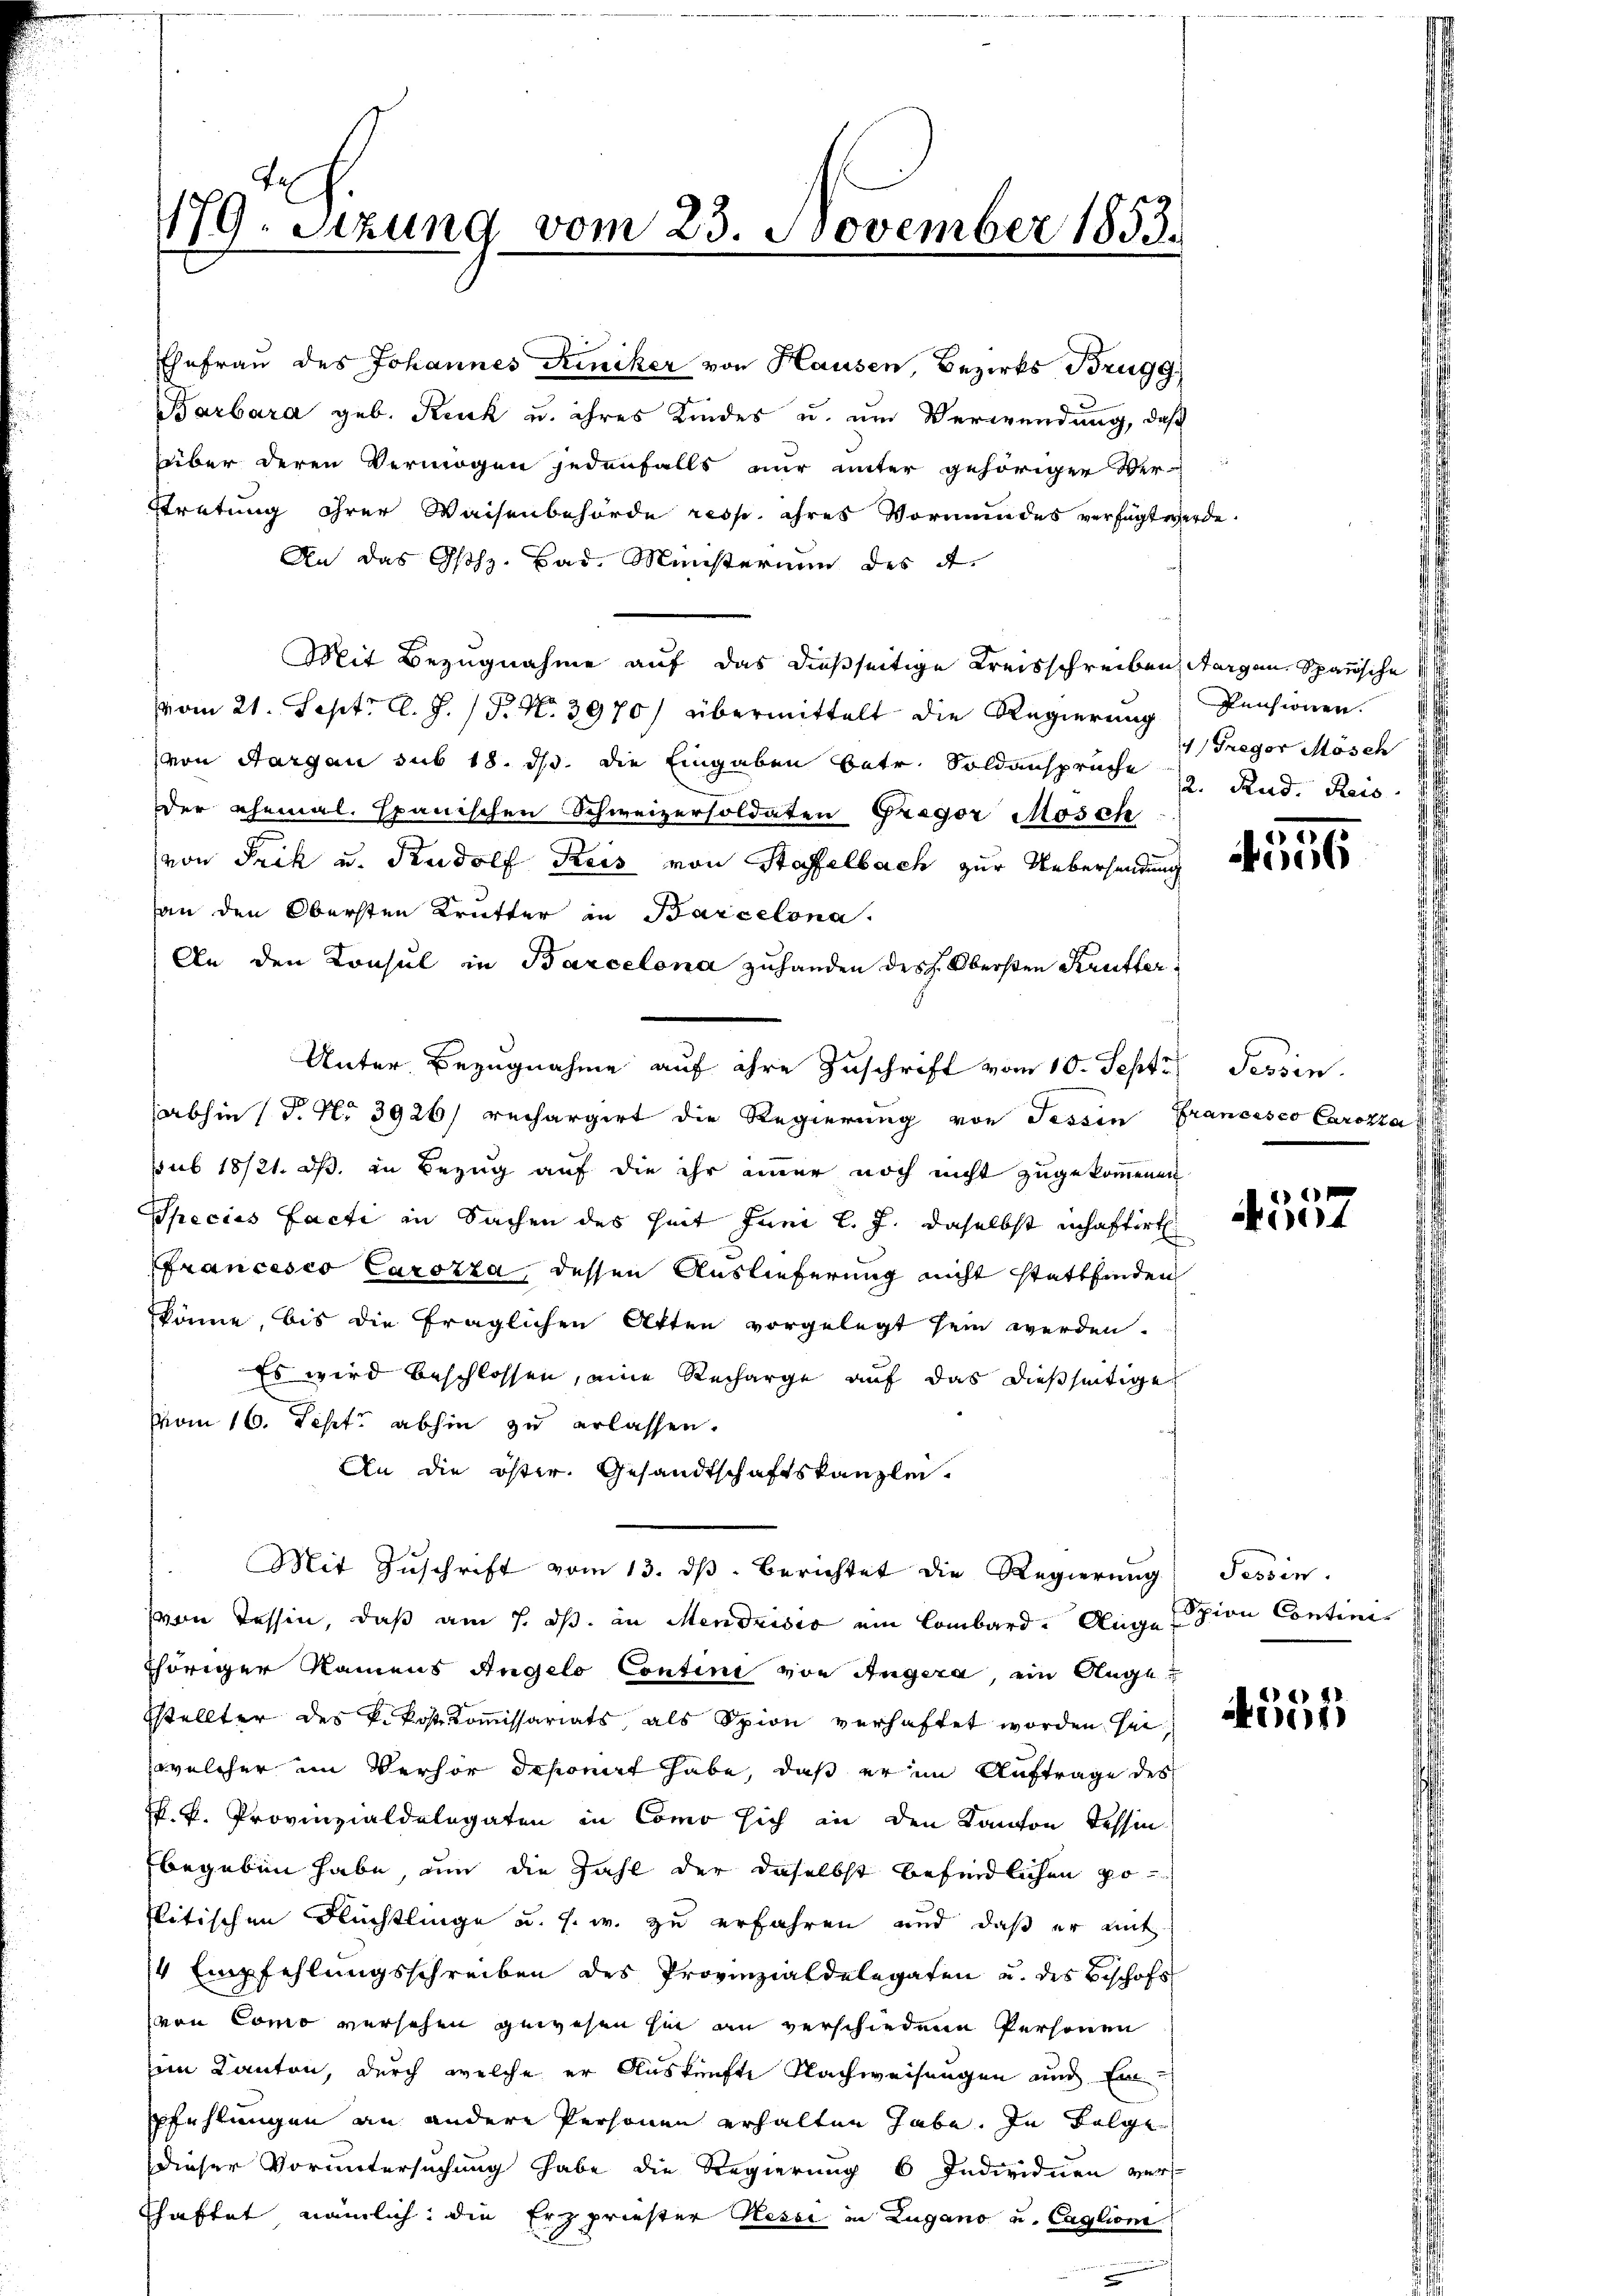
179. Sitzung vom 23. November 1853.

Ehefrau des Johannes Kiniker von Hausen, Bezirks Brugg
Barbara geb. Kruck u. ihres Kindes u. um Verwendung, daß
über deren Vermögen jedenfalls nur unter gehöriger Ver-
Stretung ihrer Waisenbehörde resp. ihres Vormundes verfügt wer¬
An das Gsch. Bar. Ministerium des A
Mit Bezugnahme auf das dießseitige Kreisschreiben Aargau, Spanische
vom 21. Sept. l. J. P. N. 3970/ übermittelt die Regierung Pensionen.
von Aargau sub 18. ds. die Eingaben betr. Soldanspruche u. Rud. Reis
der ehemal. Spanischen Schweizersoldaten Gregor Mosche
(von Frik u. Rudolf Kreis von Staffelbach zur Uebersendung
an den Obersten Krutter in Barcelona.
An den Konsul in Barcelona zuhanden des Obersten Kaufler
Unter Bezugnahme auf ihre Zuschrift vom 10. Sept
abhin (d. No 3926) rechargirt die Regierung von Tessin Francisco Carozza
ssub 18/21. dß. in Bezug auf die ihr immer noch nicht zugekommenen
Species Facti in Sachen des Zeit Juni l. J. daselbst inhaftirt
francesco Carozza, dessen Auslieferung nicht stattfinden
könne, bis die fraglichen Atten vorgelegt sein werden.
Es wird beschlossen, eine Recharge auf das dießseitige
vom 16. Sept. abhin zu erlassen.
An die öster. Gesandtschaftskanzlei.
Mit Zŭschrift vom 13. dβ. Berichtet die Regierŭng, Tessin.
von Tessin, daß am 7. ds. an Mendrisco ein Lombard-Auge zion Continis
thöriger Namens Angelo Contini von Angera, ein Augesstellter des P. kostkommissariats als Spion verhaftet worden sei
welcher im Verhör deponirt habe, daß er im Auftrage des
P. k. Provinzialdelegaten in Como sich in den Kanton Tessin
begeben habe, um die Zahl der daselbst befindlichen poflitischen Flüchtlinge u. s. w. zu erfahren und daß er mit
4 Empfehlungsschreiben des Provinzialdelegaten u. des Beschofs
von Como versehen gewesen hin an verschiedene Personen
im Kanton, durch welche er Auskünfte Nachweisungen und Einpfehlungen an andere Personen erhalten habe. In Folge
dieser Voruntersuchung habe die Regierung 6 Individuen ver¬
Chaftet nämlich, die Erzpriester Kessi in Lugano u. Caglione

Gregor Mösch

de.

50
06

Tessin.

11
14

de) 11
)